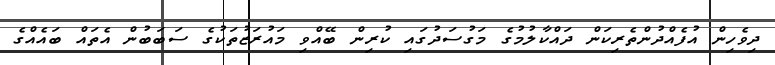
ދިވެހިން އުފެއްދުންތެރިކަން ދައްކާލުމުގެ މަގުސަދުގައި ކުރިން ބޭއްވި މައުރަޒުތަކުގެ ސަބަބުން އެތައް ބައެއްގެ